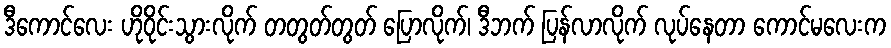
ဒီကောင်လေး ဟိုဝိုင်းသွားလိုက် တတွတ်တွတ် ပြောလိုက်၊ ဒီဘက် ပြန်လာလိုက် လုပ်နေတာ ကောင်မလေးက